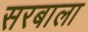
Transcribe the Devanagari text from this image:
सरबाला